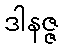
ဒါနဇ္ဇ